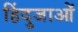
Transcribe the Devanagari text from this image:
हिंदुजाओं